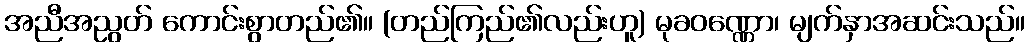
အညီအညွတ် ကောင်းစွာတည်၏။ (တည်ကြည်၏လည်းဟူ) မုခဝဏ္ဏော၊ မျက်နှာအဆင်းသည်။